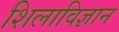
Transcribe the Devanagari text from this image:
शिलाविज्ञान